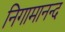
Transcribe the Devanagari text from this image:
निगामानन्द